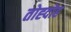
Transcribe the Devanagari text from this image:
तोह्दोह